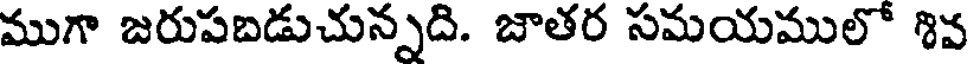
ముగా జరుపబడుచున్నది. జాతర సమయములో శివ